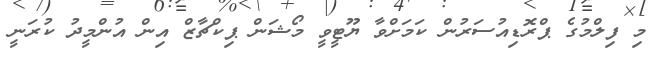
މި ފިލްމުގެ ޕްރޮޑިއުސަރުން ކަމަށްވާ ޔޫޓީވީ މޯޝަން ޕިކްޗާޒް އިން އުންމީދު ކުރަނީ